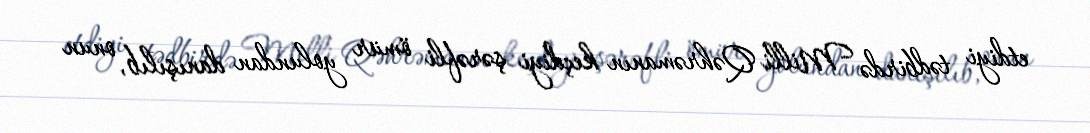
etdiyi tədbirdə Milli Qəhrəmanın keçdiyi şərəfli ömür yolundan danışılıb, onun